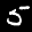
Label: 5